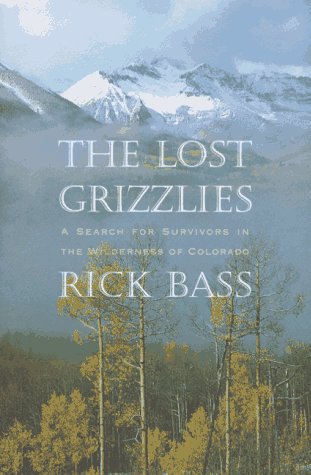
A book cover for The Lost Grizzlies: A Search for Survivors in the Colorado Wilderness; Rick Bass; Sports & Outdoors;